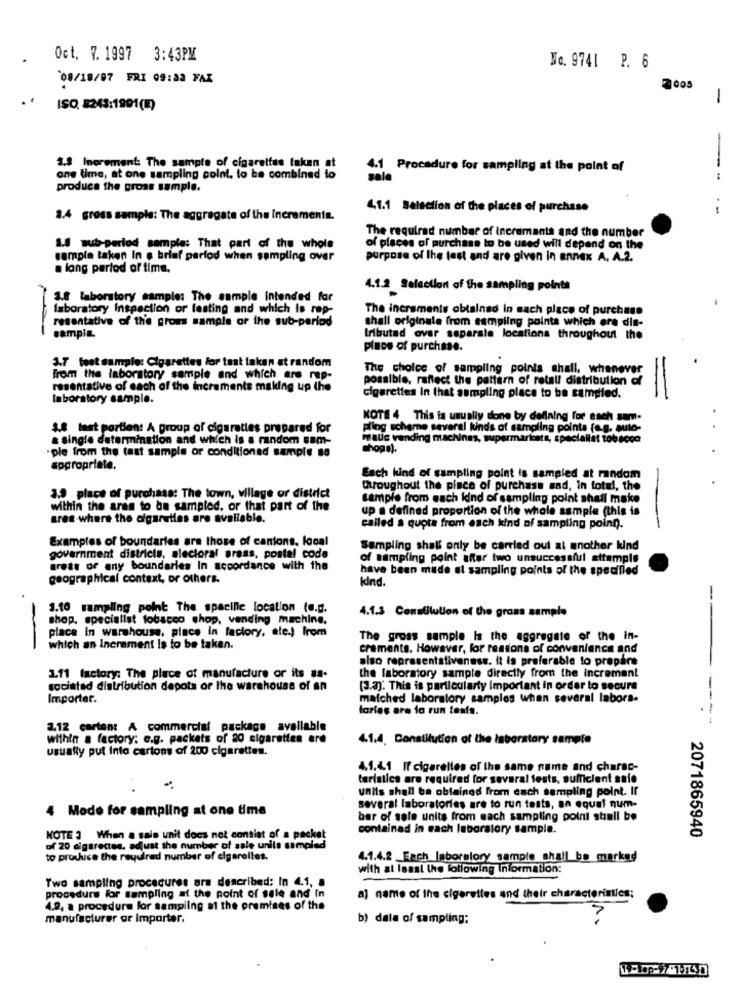
Oct. 7. 1997 3:43PM
No. 9741 P. 6
08/18/07 FRI 09:33 FAX
7 005
-
ISO, 8243:1991(1)
1.3 Increment: The sample of cigarettes taken at
Procedure for sampling at the point of
one time, at one sampling coint. to be combined to
--
produce the gross sample.
4.1.1 Selection of the places of purchase
8.4 gross sample: The aggregate of the increments.
The required number of increments and the number
1.8 sub-perlod sample: That part of the whole
of places of purchase to be used will depend on the
sample taken In s brief period when sampling over
purpose of the last and are given in annex A. A.2.
a long period of time,
4.1.2 Selection of the sampling points
3.8 laboratory sample: The sample intended for
laboratory Inspection or festing and which is rep-
The increments obtained in sach place of purchase
resentative of the grows sample or the sub-period
shall originale from sampling points which ore dis-
sample.
tributad over separate locations throughout the
place of purchase.
3.7_foot sample: Cigarettes for taat taken at random
The choice of sampling points shall, whenever
From the laboratory sample and which are rep-
possible, raffect the pattern of retal distribution of
resentative of each of the incremente making up the
laboratory sample.
cigarettes in that sampling place to be sampled.
KOTE 4 This is usually done by defining for each som-
1.8 tast partien! A group of cigarettes prepared for
pling scheme several kinds of sampling points (a.g. auto-
a single determination and which is a random sam-
matic vending machines, supermariosts, speciallit tobacco
ple from the test sample or conditioned sample no
shoga).
appropriate.
Each kind of sampling point is sampled at random
throughout the place of purchase and, In total, the
3.9 place of purchase: The town, village or district
sample from each kind of sampling point shall make
within the ares to be sampled, or that part of the
up a defined proportion of the whole sample (this is
area where the cigarettes are available.
called a quota from each kind of sampling poinn.
Examples of boundaries are those of cantons. looal
Sampling shall only be carried out at another kind
government districts, alecioral grass, postal code
of sampling point after two unsuccessful attemple
areas of any boundaries In accordance with the
have been made al sampling points of the specified
geographical context, or others.
kind.
.
-
1.10 sampling point The spacille location (e.g.
4.1.3 Constitution of the gross sample
shop. specialist tobacco shop, vending machine.
place in warehouse, place in factory, ale.) from
The gross sample Is the aggregate of the in-
-
which an Increment is to be taken.
craments. However, for restons of convenience and
also representativeness. it is preferable to prepare
1.11 factory: The place of manufacture or its #1.
the laboratory sample directly from the increment
sociated distribution depots or the warehouse of an
(3.3). This is particularly Important in order to secure
Importer.
matched laboratory samples when several labors-
---
tories are la run tesia.
2.12 carton: A commercial package available
within a factory: e.g. packets of 20 cigarettes ere
4.1.4. Constitution of the laboratory sample
usually put into cartons of 200 cigarettes.
4.1.4.1 If cigarettes of the same name and charac-
terlatics are required for several fests, sufficient saio
units shall be obtained from each sampling point. Ir
Mode for sampling at one time
several laboratories are to run tests, an equal num-
bar of sale units from each sampling point shall be
contained in sach laboratory sample.
2071865940
NOTE 3 When a sale unit does not consist of a packet
of 20 cigarettes. adjust the number of sale units sampled
to produce the required number of cigarelles.
4.1.4.2 Each laboralory sample shall be marked
with at least the following Information:
Two sampling procedures are described: In 4.1, .
procedure for sampling af the point of sale and In
a) name of the cigarettes and their characteristics;
4.2. a procedure for sampling at the premises of the
manufacturer or importer.
b) data of sampling: